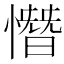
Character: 憯